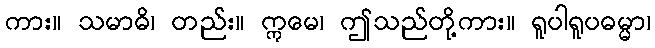
ကား။ သမာဓိ၊ တည်း။ ဣမေ၊ ဤသည်တို့ကား။ ရူပါရူပဓမ္မာ၊